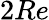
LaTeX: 2Re